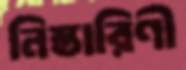
নিস্তারিণী